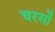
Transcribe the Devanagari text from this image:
चरसों